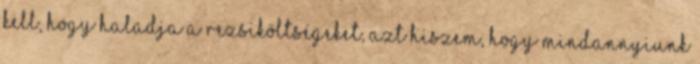
kell, hogy haladja a rezsiköltségeket, azt hiszem, hogy mindannyiunk